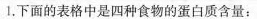
1.下面的表格中是四种食物的蛋白质含量：